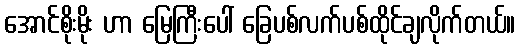
အောင်စိုးမိုး ဟာ မြေကြီးပေါ် ခြေပစ်လက်ပစ်ထိုင်ချလိုက်တယ်။